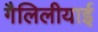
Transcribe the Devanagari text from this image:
गैलिलीयाई